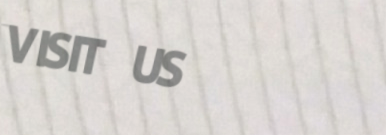
VISIT US